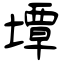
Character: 墰